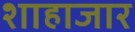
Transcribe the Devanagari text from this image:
शाहाजार